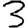
Digit: 3